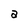
Character: a